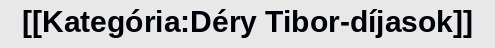
[[Kategória:Déry Tibor-díjasok]]